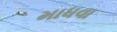
માધવા